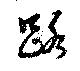
路